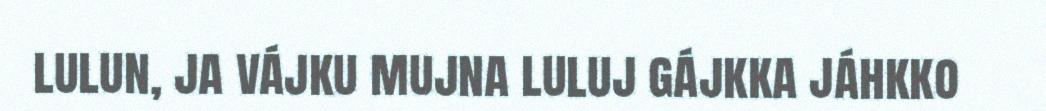
lulun, ja vájku mujna luluj gájkka jáhkko